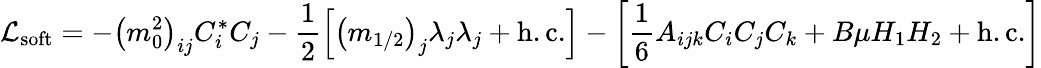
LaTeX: {\cal L}_{\mathrm{soft}}=-\left(m_{0}^{2}\right)_{ij}C_{i}^{*}C_{j}-\frac{1}{2}\left[\left(m_{1/2}\right)_{j}\lambda_{j}\lambda_{j}+\mathrm{h.c.}\right]-\left[\frac{1}{6}A_{ijk}C_{i}C_{j}C_{k}+B\mu H_{1}H_{2}+\mathrm{h.c.}\right]